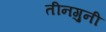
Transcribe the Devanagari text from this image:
तीनगुनी